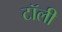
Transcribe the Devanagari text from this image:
टॉली